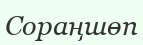
Сораңшөп